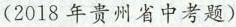
(2018年贵州省中考题)